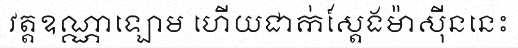
វត្តឧណ្ណាឡោម ហើយជាក់ស្តែងម៉ាស៊ីននេះ